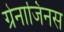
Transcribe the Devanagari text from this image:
ग्रेनाजिनस